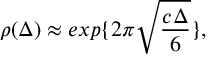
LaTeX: \rho ( \Delta ) \approx e x p \{ 2 \pi \sqrt { \frac { c \Delta } { 6 } } \} ,